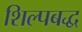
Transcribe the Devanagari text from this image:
शिल्पबद्ध